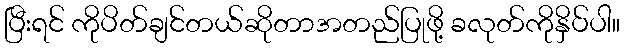
ပြီးရင် ကိုပိတ်ချင်တယ်ဆိုတာအတည်ပြုဖို့ ခလုတ်ကိုနှိပ်ပါ။